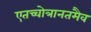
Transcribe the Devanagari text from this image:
एतच्चोत्रानतमैव